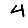
Digit: 4